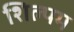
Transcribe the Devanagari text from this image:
शिल्पम